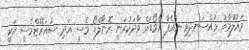
މައުލޫމާތު މުއްސަނދިވި ޔުއެފާ އެވޯޑަށް ވާދަކުރަނީ ރޮނާލްޑޯ މެސީ އަދި ސުއަރޭޒްމެސީ އަކީ